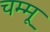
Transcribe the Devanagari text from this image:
चम्मू